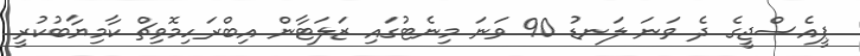
ޕީއެސްޖީގެ ދެ ވަނަ ލަނޑު 90 ވަނަ މިނެޓުގައި ޒަލަޓާން އިބްރަހިމޮވިޗް ކާމިޔާބުކުރީ